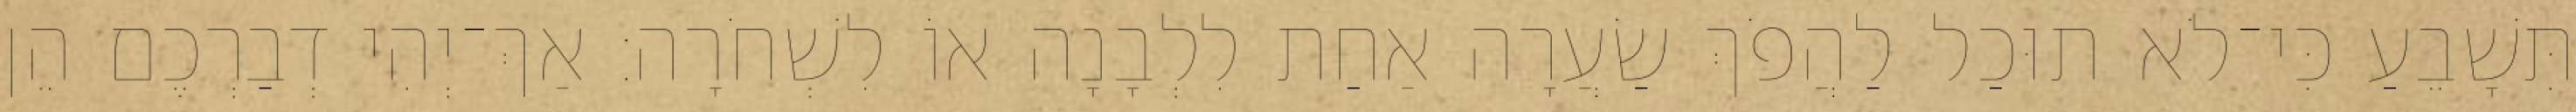
תִּשָׁבֵעַ כִּי־לֹא תוּכַל לַהֲפֹךְ שַׂעֲרָה אַחַת לִלְבָנָה אוֹ לִשְׁחֹרָה׃ אַךְ־יְהִי דְבַרְכֶם הֵן